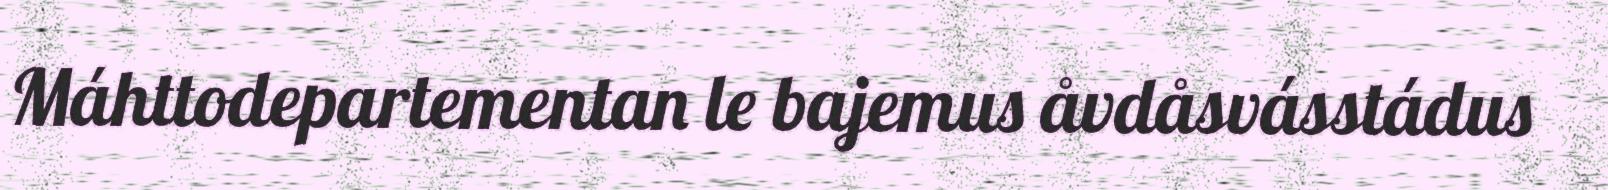
Máhttodepartementan le bajemus åvdåsvásstádus